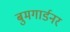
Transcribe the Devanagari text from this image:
बुमगार्डनर